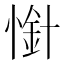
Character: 𢟙